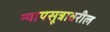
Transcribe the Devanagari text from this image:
न्यायसूत्रावरील